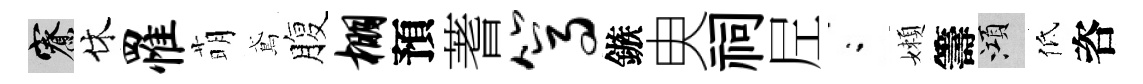
寮休罹萌鳶腹棚預蓍篙鏃㬰祠𡰱閤嬾籌澒低咨